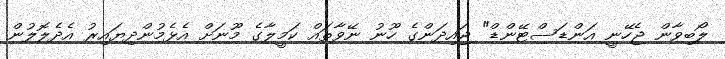
ލޯބިވާން ޖެހޭނީ އަންޑަސްޓޭންޑް" ޖައިދަންގެ ހޫނު ނޭވާތައް ކަމީލާގެ މޫނަށް އެޅެމުންދިޔައިރު އެދެލޮލުން